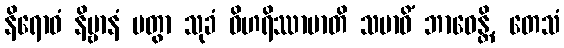
နိရောဓံ နိဗ္ဗာနံ ပတွာ သုခံ ဝိဟရိဿာမာတိ သမာဓိံ ဘာဝေန္တိ, တေသံ